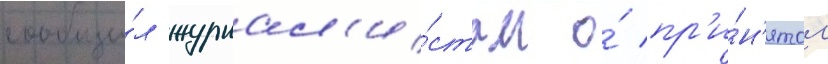
сообщи́л журнал'и́стам о́ пр'и́н'ятом